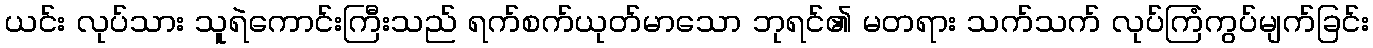
ယင်း လုပ်သား သူရဲကောင်းကြီးသည် ရက်စက်ယုတ်မာသော ဘုရင်၏ မတရား သက်သက် လုပ်ကြံကွပ်မျက်ခြင်း